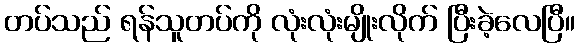
တပ်သည် ရန်သူတပ်ကို လုံးလုံးမျိုးလိုက် ပြီးခဲ့လေပြီ။